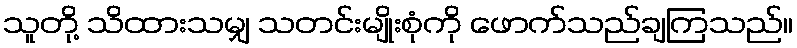
သူတို့ သိထားသမျှ သတင်းမျိုးစုံကို ဖောက်သည်ချကြသည်။